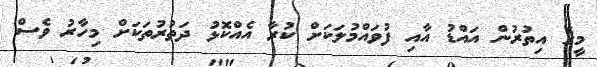
މީގެ އިތުރުން އައްޑު އާއި ފުވައްމުލަކަށް ކުރާ އެއްކޮޅު ދަތުރުތަކަށް މިހާރު ވެސް